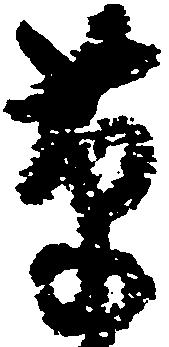
草